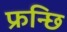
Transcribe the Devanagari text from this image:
फ्रन्छि